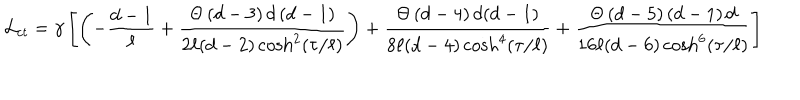
{ \cal L } _ { c t } = \gamma \left[ \left( - \frac { d - 1 } { \ell } + \frac { \Theta \left( d - 3 \right) d \left( d - 1 \right) } { 2 \ell ( d - 2 ) \cosh ^ { 2 } \left( \tau / \ell \right) } \right) + \frac { \Theta \left( d - 4 \right) d ( d - 1 ) } { 8 \ell ( d - 4 ) \cosh ^ { 4 } \left( \tau / \ell \right) } + \frac { \Theta \left( d - 5 \right) \left( d - 1 \right) d } { 1 6 \ell ( d - 6 ) \cosh ^ { 6 } \left( \tau / \ell \right) } \right]